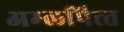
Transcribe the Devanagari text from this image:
अम्‍लपित्‍त